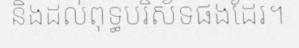
និងដល់ពុទ្ធបរិស័ទផងដែរ។